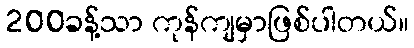
200ခန့်သာ ကုန်ကျမှာဖြစ်ပါတယ်။